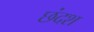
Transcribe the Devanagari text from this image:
छंदश